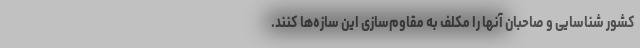
کشور شناسایی و صاحبان آنها را مکلف به مقاوم‌سازی این سازه‌ها کنند.